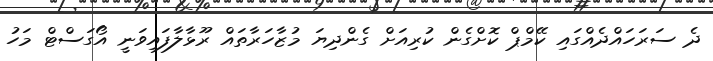
ދެ ސަރަހައްދެއްގައި ކޭމްޕް ކޮށްގެން ކުރިއަށް ގެންދިޔަ މުޒާހަރާތައް ރޫޅާލާފައިވަނީ އޯގަސްޓް މަހު